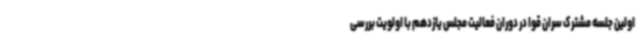
اولین جلسه مشترک سران قوا در دوران فعالیت مجلس یازدهم با اولویت بررسی